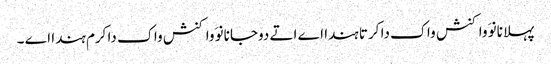
پہلا نانوَ واکنش واک دا کرتا ہندا اے اتے دوجا نانوَ واکنش واک دا کرم ہندا اے ۔